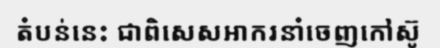
តំបន់នេះ ជាពិសេសអាករនាំចេញកៅស៊ូ